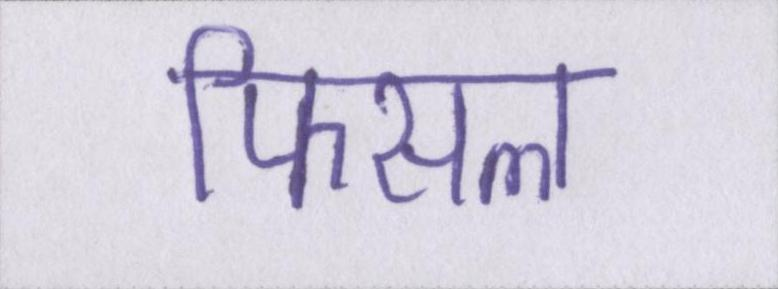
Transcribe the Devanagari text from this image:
फिसल